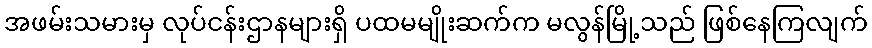
အဖမ်းသမားမှ လုပ်ငန်းဌာနများရှိ ပထမမျိုးဆက်က မလွန်မြို့သည် ဖြစ်နေကြလျက်